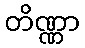
တိဏ္ဏာ